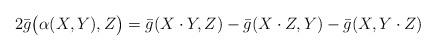
LaTeX: \begin{align*}2\bar g\bigl(\alpha(X,Y),Z\bigr)=\bar g(X\cdot Y,Z)-\bar g(X\cdot Z,Y)-\bar g(X,Y\cdot Z)\end{align*}